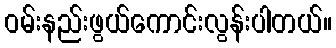
ဝမ်းနည်းဖွယ်ကောင်းလွန်းပါတယ်။